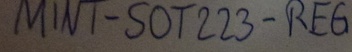
Text: MINT-SOT223-REG